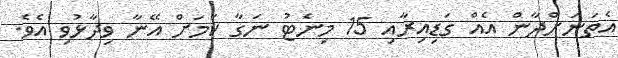
އެތަނަށްދާން އެއް ގަޑިއިރާއި 15 މިނެޓު ނަގާ ކަމަށް އޭނާ ވިދާޅުވި އެވެ.